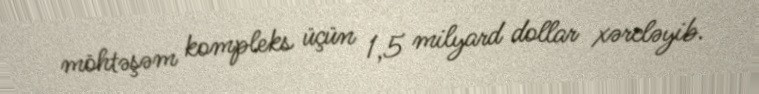
möhtəşəm kompleks üçün 1,5 milyard dollar xərcləyib.